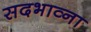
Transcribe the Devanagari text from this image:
सदभाव्ना